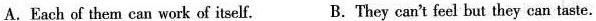
A.Each of them can work of itself. B.They can't feel but they can taste.